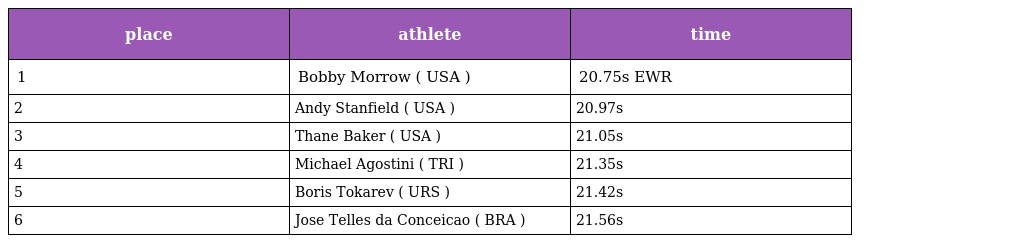
| place | athlete | time |
 | --- | --- | --- |
 | 1 | Bobby Morrow ( USA ) | 20.75s EWR |
 | 2 | Andy Stanfield ( USA ) | 20.97s |
 | 3 | Thane Baker ( USA ) | 21.05s |
 | 4 | Michael Agostini ( TRI ) | 21.35s |
 | 5 | Boris Tokarev ( URS ) | 21.42s |
 | 6 | Jose Telles da Conceicao ( BRA ) | 21.56s |